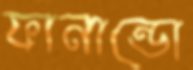
ফানান্ডো